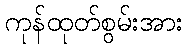
ကုန်ထုတ်စွမ်းအား